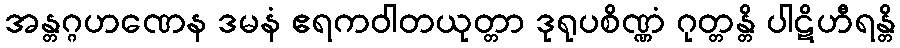
အန္တဂ္ဂဟဏေန ဒမနံ ဧရကဝါတယုတ္တာ ဒုရုပစိဏ္ဏံ ဂုတ္တန္တိ ပါဋိဟီရန္တိ